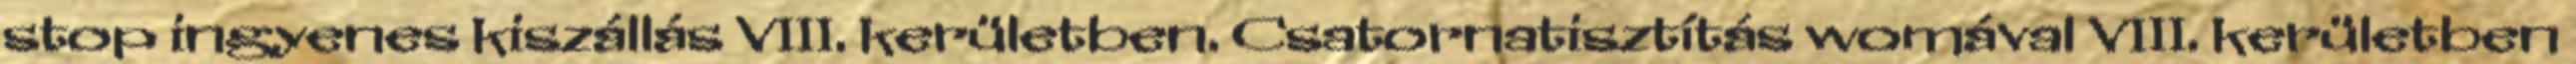
stop ingyenes kiszállás VIII. kerületben. Csatornatisztítás womával VIII. kerületben